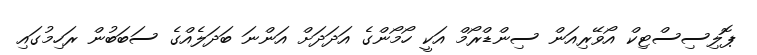
ޕޮލިސިސްޓިކް އޯވޭރިއަން ސިންޑްރޯމް އަކީ ހޯމޯންގެ އަދަދަށް އަންނަ ބަދަލެއްގެ ސަބަބުން ރަހިމުގައި